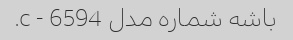
باشه شماره مدل 6594 - c.